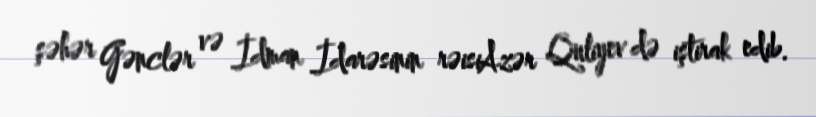
şəhər Gənclər və İdman İdarəsinin rəisiAzər Quliyev də iştirak edib.